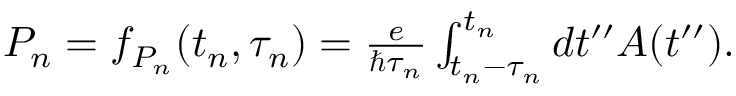
\begin{array} { r } { P _ { n } = f _ { P _ { n } } ( t _ { n } , \tau _ { n } ) = \frac { e } { \hbar \tau _ { n } } \int _ { t _ { n } - \tau _ { n } } ^ { t _ { n } } d t ^ { \prime \prime } A ( t ^ { \prime \prime } ) . } \end{array}